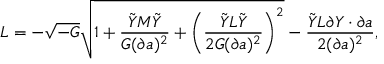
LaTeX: { \cal L } = - \sqrt { - G } \sqrt { 1 + { \frac { \tilde { Y } M \tilde { Y } } { G ( \partial a ) ^ { 2 } } } + \left( { \frac { \tilde { Y } L \tilde { Y } } { 2 G ( \partial a ) ^ { 2 } } } \right) ^ { 2 } } - { \frac { \tilde { Y } L \partial Y \cdot \partial a } { 2 ( \partial a ) ^ { 2 } } } ,